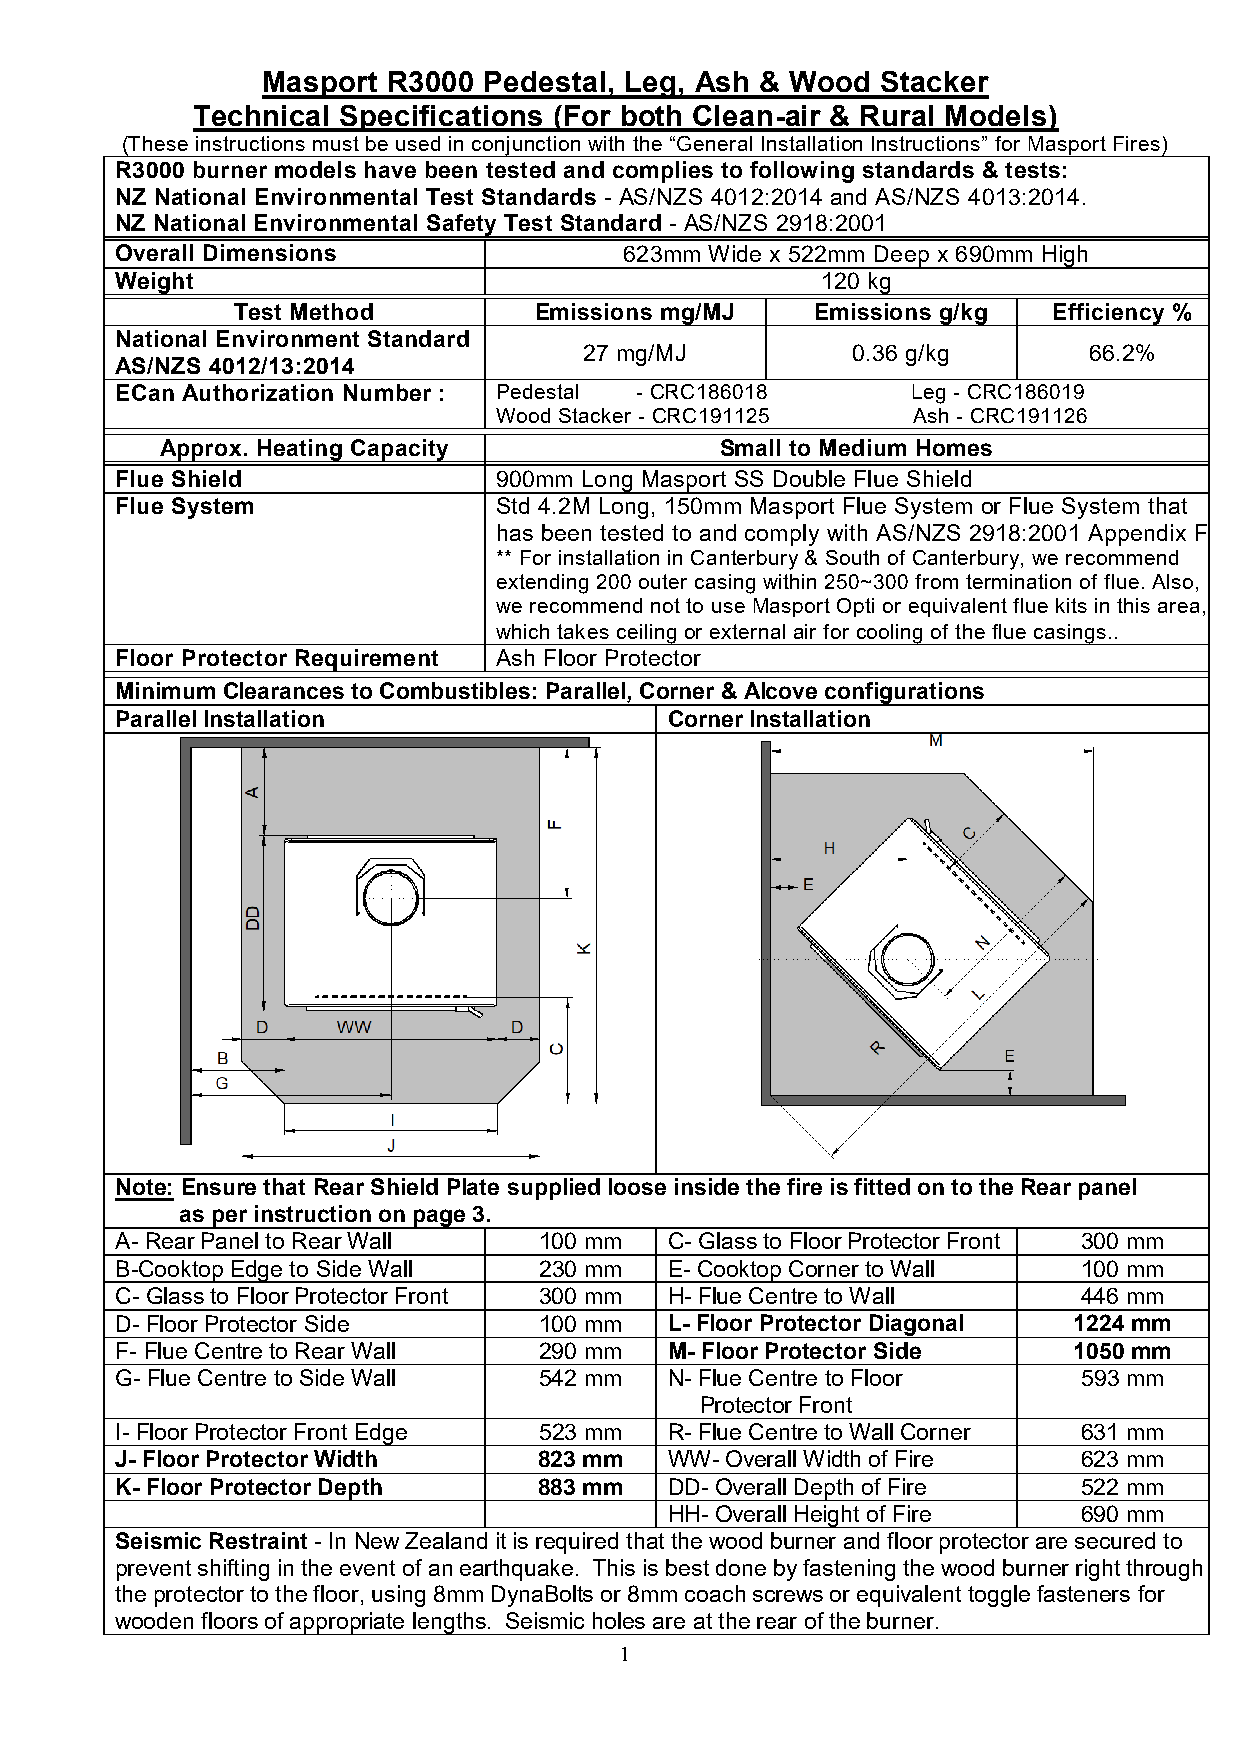
Masport  R3000 Pedestal, Leg, Ash & Wood Stacker
 Technical Specifications (For both Clean-air & Rural Models)
 (These instructions must be used in conjunction with the “General Installation Instructions” for Masport Fires)
 R3000 burner models have been tested and complies to following standards & tests:
 NZ National Environmental Test Standards - AS/NZS 4012:2014 and AS/NZS 4013:2014.
 NZ National Environmental Safety Test Standard - AS/NZS 2918:2001
 Overall Dimensions               623mm Wide x 522mm Deep x 690mm High
 Weight                                        120 kg
 Test Method        Emissions mg/MJ    Emissions g/kg  Efficiency %
 National Environment Standard
 27 mg/MJ         0.36 g/kg       66.2%
 AS/NZS 4012/13:2014
 ECan Authorization Number : Pedestal - CRC186018    Leg - CRC186019
 Wood Stacker - CRC191125   Ash - CRC191126
 Approx. Heating Capacity             Small to Medium Homes
 Flue Shield              900mm Long Masport SS Double Flue Shield
 Flue System              Std 4.2M Long, 150mm Masport Flue System or Flue System that
 has been tested to and comply with AS/NZS 2918:2001 Appendix F
 ** For installation in Canterbury & South of Canterbury, we recommend
 extending 200 outer casing within 250~300 from termination of flue. Also,
 we recommend not to use Masport Opti or equivalent flue kits in this area,
 which takes ceiling or external air for cooling of the flue casings..
 Floor Protector Requirement Ash Floor Protector
 Minimum Clearances to Combustibles: Parallel, Corner & Alcove configurations
 Parallel Installation               Corner Installation
 Note: Ensure that Rear Shield Plate supplied loose inside the fire is fitted on to the Rear panel
 as per instruction on page 3.
 A- Rear Panel to Rear Wall  100 mm  C- Glass to Floor Protector Front 300 mm
 B-Cooktop Edge to Side Wall 230 mm  E- Cooktop Corner to Wall   100 mm
 C- Glass to Floor Protector Front 300 mm H- Flue Centre to Wall 446 mm
 D- Floor Protector Side     100 mm  L- Floor Protector Diagonal 1224 mm
 F- Flue Centre to Rear Wall 290 mm  M- Floor Protector Side    1050 mm
 G- Flue Centre to Side Wall 542 mm  N- Flue Centre to Floor     593 mm
 Protector Front
 I- Floor Protector Front Edge 523 mm R- Flue Centre to Wall Corner 631 mm
 J- Floor Protector Width    823 mm  WW- Overall Width of Fire   623 mm
 K- Floor Protector Depth    883 mm  DD- Overall Depth of Fire   522 mm
 HH- Overall Height of Fire  690 mm
 Seismic Restraint - In New Zealand it is required that the wood burner and floor protector are secured to
 prevent shifting in the event of an earthquake. This is best done by fastening the wood burner right through
 the protector to the floor, using 8mm DynaBolts or 8mm coach screws or equivalent toggle fasteners for
 wooden floors of appropriate lengths. Seismic holes are at the rear of the burner.
 1